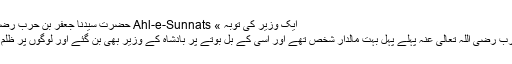
ایک وزیر کی توبہ » Ahl-e-Sunnats حضرت سَیِّدُنا جعفر بن حرب رضی اللہ تعالیٰ عنہ پہلے پہل
حضرت سَیِّدُنا جعفر بن حرب رضی اللہ تعالیٰ عنہ پہلے پہل بہت مالدار شخص تھے اور اسی کے بل بوتے پر بادشاہ کے وزیر بھی بن گئے اور لوگوں پر ظلم وستم ڈھانا شروع کر دیا ۔